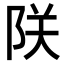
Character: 𫕀